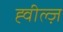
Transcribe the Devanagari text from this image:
ह्वील्ज़